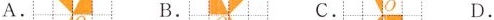
A. B. C. D.